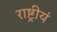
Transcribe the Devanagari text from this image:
राष्ट्रीयं